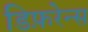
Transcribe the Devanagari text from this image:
डिफ़रेन्स